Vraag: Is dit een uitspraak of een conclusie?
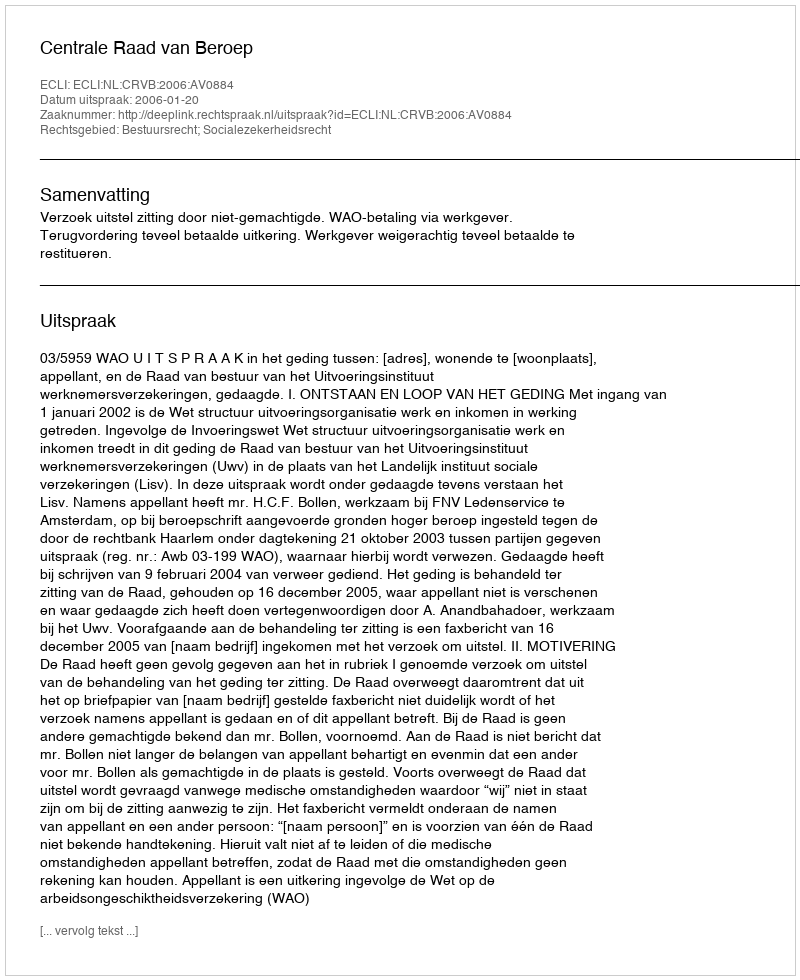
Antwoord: Uitspraak